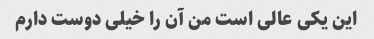
این یکی عالی است من آن را خیلی دوست دارم